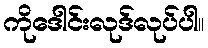
ကိုဒေါင်းလုဒ်လုပ်ပါ။